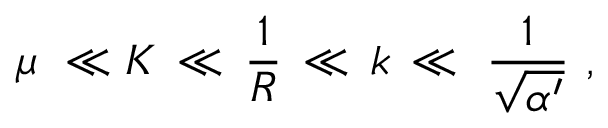
\mu \, \, \ll K \, \ll \, { \frac { 1 } { R } } \, \ll \, k \, \ll \, \, { \frac { 1 } { \sqrt { \alpha ^ { \prime } } } } \, \, ,